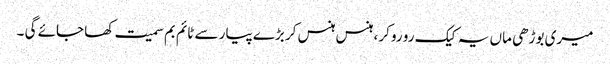
میری بوڑھی ماں یہ کیک رو رو کر، ہنس ہنس کر بڑے پیار سے ٹائم بم سمیت کھا جائے گی ۔